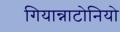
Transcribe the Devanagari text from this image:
गियान्नाटोनियो